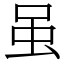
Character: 虽